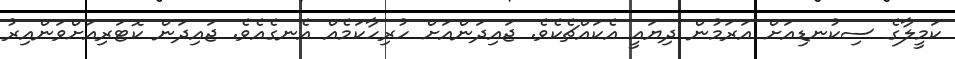
ކަމީލާގެ ސިކުނޑިއަށް އަރަމުން ދިޔައީ އެކައްޗެކެވެ. ޖައިދަންއަށް ހުރިހާކަމެއް އެނގެއެވެ. ޖައިދަން ކޮޓަރިއަށްވަންއިރު